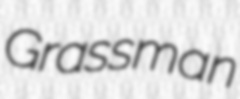
Grassman